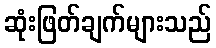
ဆုံးဖြတ်ချက်များသည်